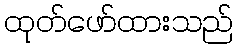
ထုတ်ဖော်ထားသည်